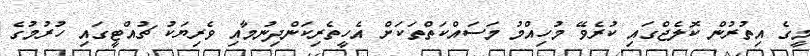
މީގެ އިތުރުން ކޮލެޖްގައި ކުރެވޭ މުހިއްމު މަސައްކަތްތަކަށް އެހީތެރިކަންދިނުމާއި ވެރިޔަކު ޗުއްޓީގައި ހުރުމުގެ